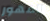
المهور